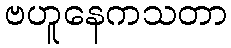
ဗဟူနေကသတာ